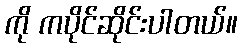
ကို ကပိုင်ဆိုင်းပါတယ်။